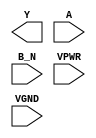
module sky130_fd_sc_hs__nor2b (
    Y   ,
    A   ,
    B_N ,
    VPWR,
    VGND
);

    output Y   ;
    input  A   ;
    input  B_N ;
    input  VPWR;
    input  VGND;
endmodule